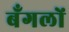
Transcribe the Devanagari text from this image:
बँगलों